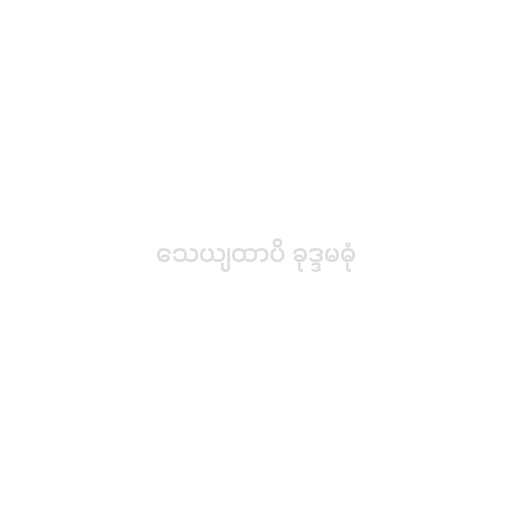
သေယျထာပိ ခုဒ္ဒမဓုံ